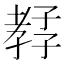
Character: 𡦊